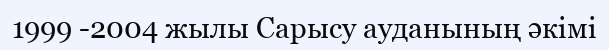
1999 -2004 жылы Сарысу ауданының әкімі